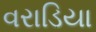
વરાડિયા